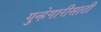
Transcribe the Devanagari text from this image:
गुन्हेगारीसाठी